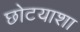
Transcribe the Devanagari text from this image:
छोटयाशा